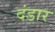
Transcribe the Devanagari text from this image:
दंडार